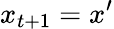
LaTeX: x_{t+1}=x^{\prime}